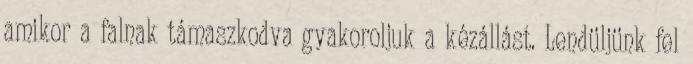
amikor a falnak támaszkodva gyakoroljuk a kézállást. Lendüljünk fel